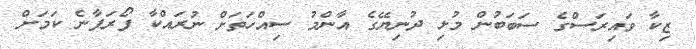
ޒިކާ ވައިރަސްގެ ސަބަބުން މުޅި ދުނިޔޭގެ އާންމު ސިއްހަތަށް ނުރައްކާ ފޯރަފާނެ ކަމަށް